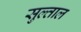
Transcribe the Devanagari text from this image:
सुल्ताल